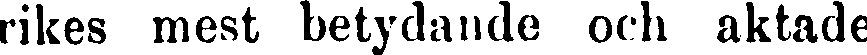
rikes mest betydande och aktade